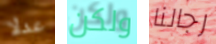
عدلا ولكن رجالنا